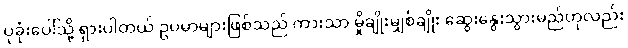
ပုခုံးပေါ်သို့ ရှားပါတယ် ဥပမာများဖြစ်သည် ကားသာ မှိုချိုးမျှစ်ချိုး ဆွေးနွေးသွားမည်ဟုလည်း